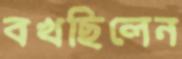
বখছিলেন